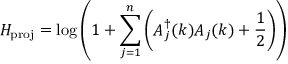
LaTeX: H _ { \mathrm { p r o j } } = \log \left( 1 + \sum _ { j = 1 } ^ { n } \left( A _ { j } ^ { \dagger } ( k ) A _ { j } ( k ) + { \frac { 1 } { 2 } } \right) \right)